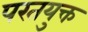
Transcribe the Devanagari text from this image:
परतयुक्त